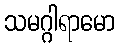
သမဂ္ဂါရာမော